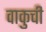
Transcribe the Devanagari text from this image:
वाकुची